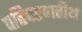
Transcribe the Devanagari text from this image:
पतिचरणतीर्थ